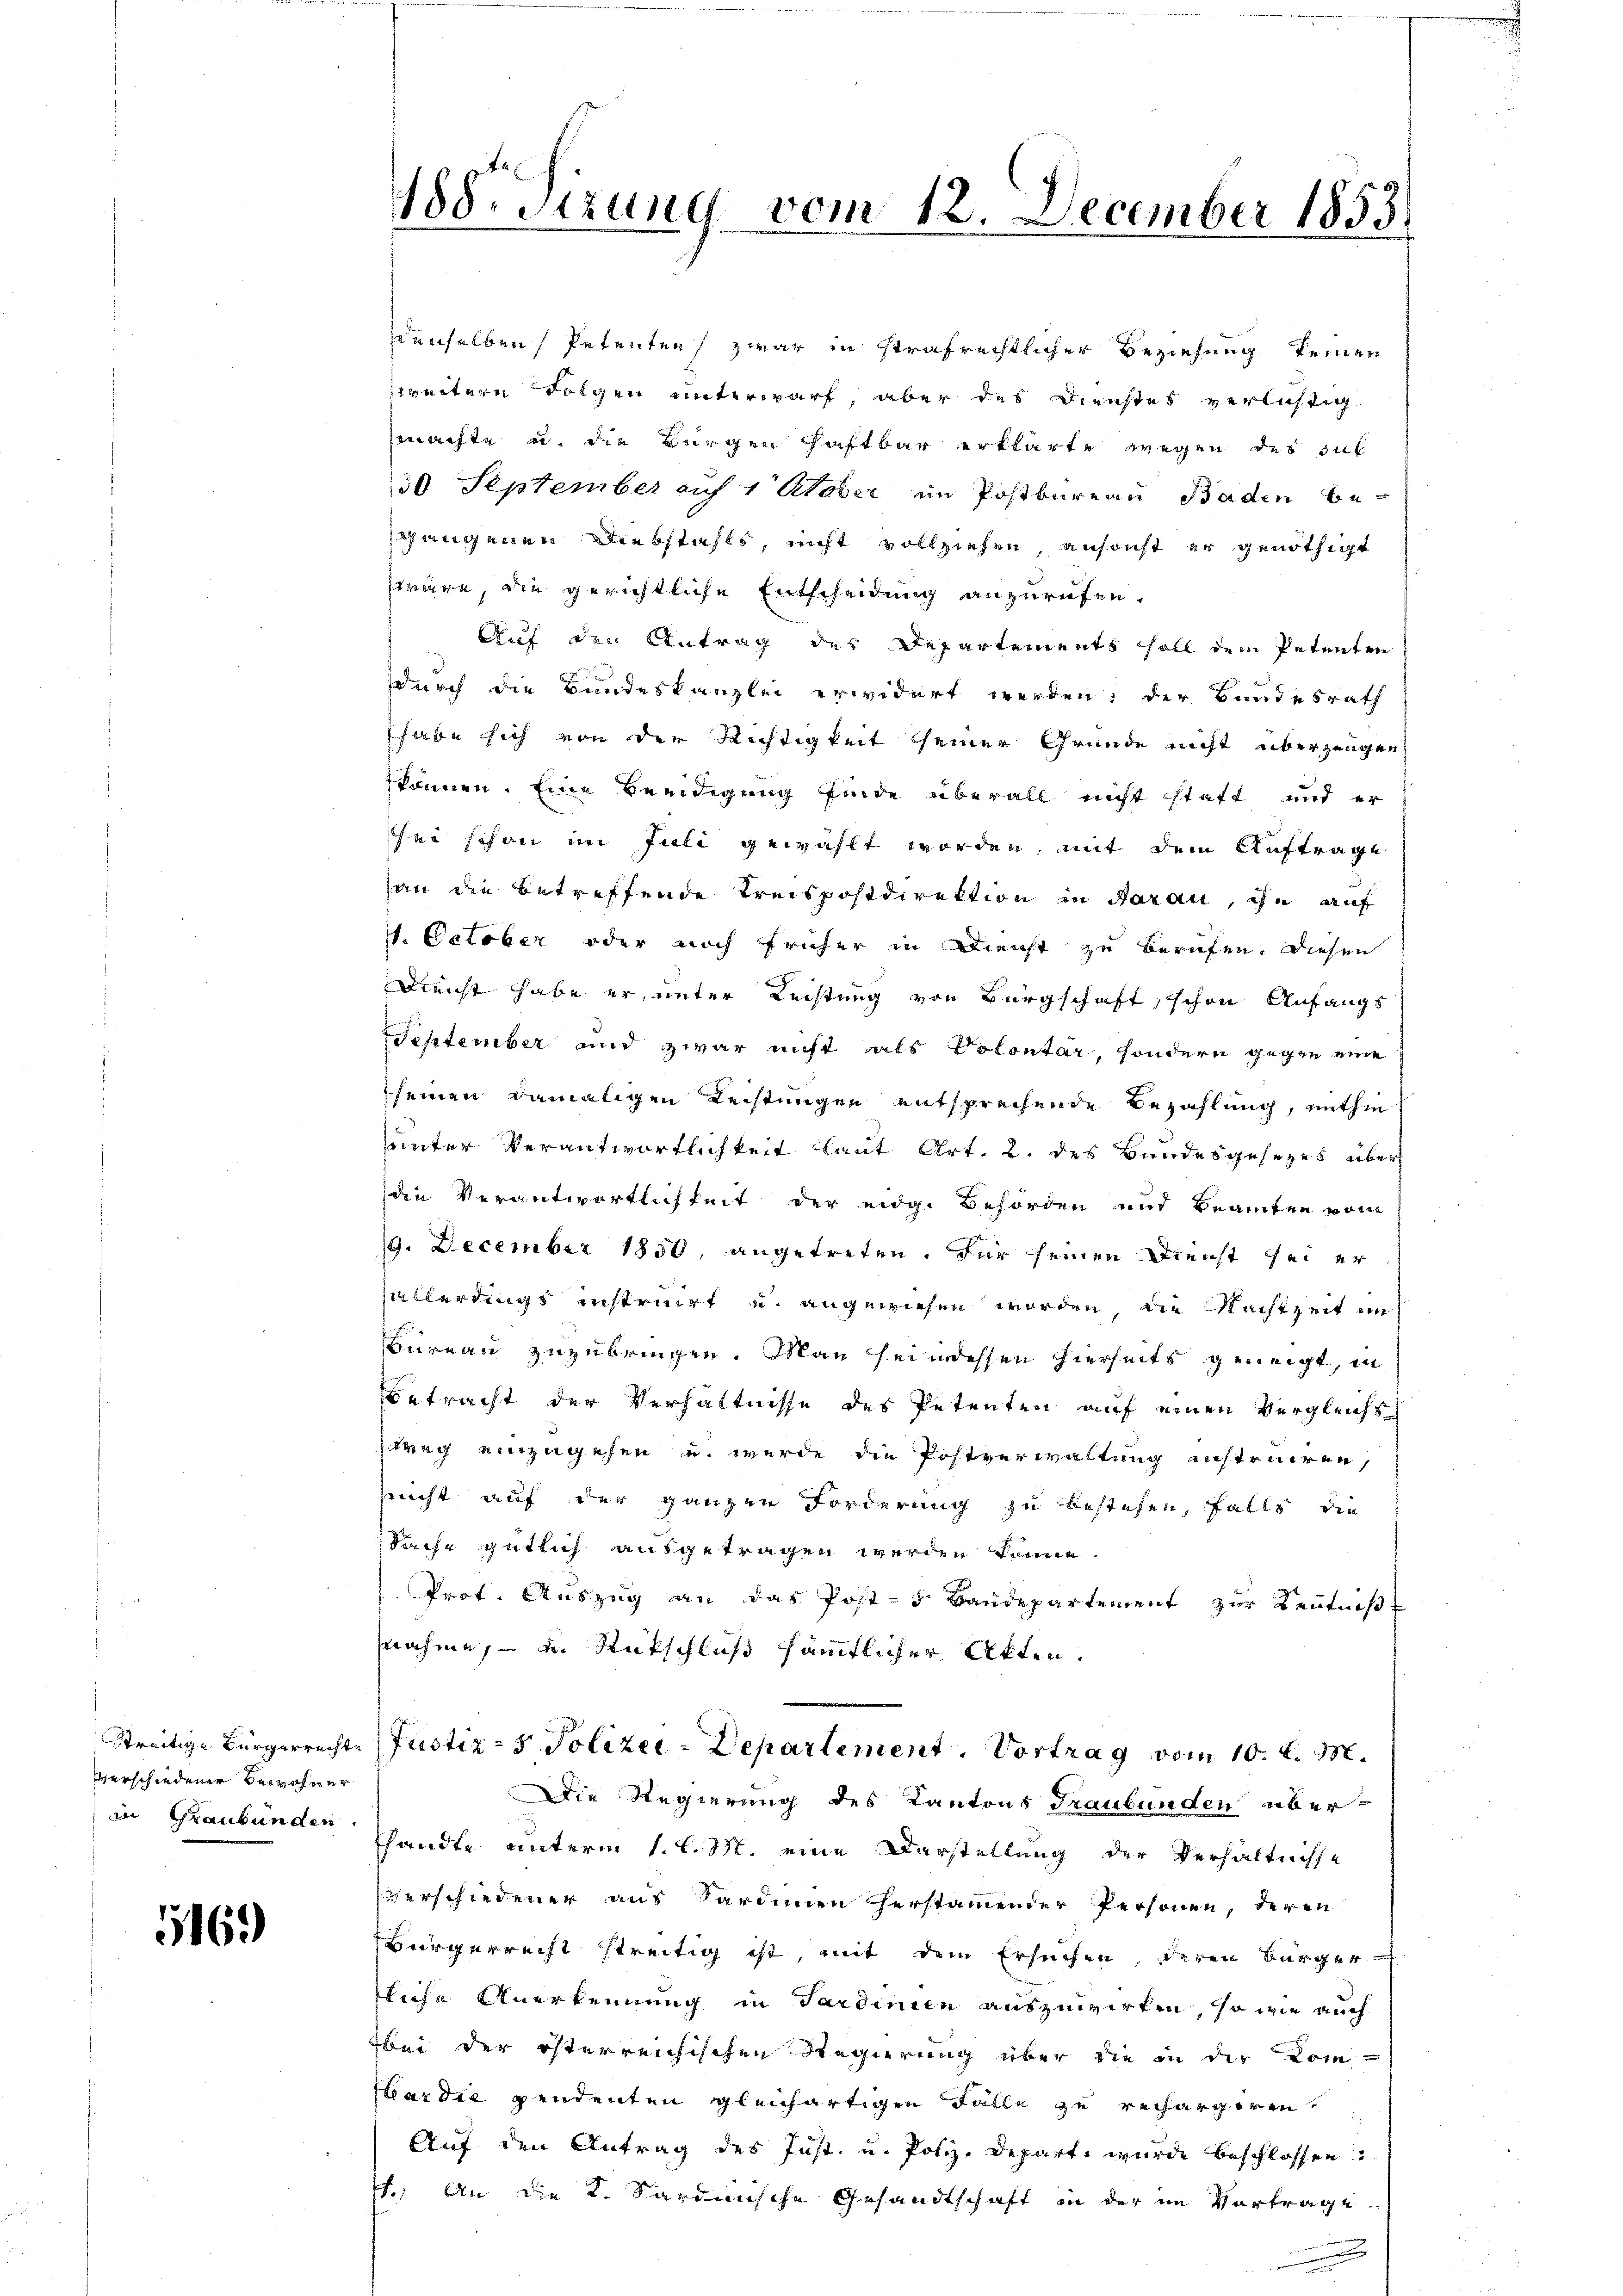
Streitige Bürgerrechte
verschiedener Bewohner
in Graubünden.

5169)

188. Sitzung vom 18. December 1858.

denselben Petenten zwar in strafrechtlicher Beziehung keinen

zweitern Folgen unterwarf, aber das Dienstes verlichtig
machte u. die Bürgen haftbar erklärte wegen des sub
30 September auf 1 ktober im Postbureau Baden beahungenen Diebstahls, nicht vollziehen, ansonst er genöthigt
wäre, die gerichtliche Entscheidung anzurufen.
Auf den Antrag des Departements soll dem Petenten
durch die Bundeskanzlei erwidert werden; der Bundesrath
habe sich von der Richtigkeit seiner Grunde nicht überzeugen,
können. Eine Beeidigung finde überall nicht statt und er
hei schon im Juli gewählt worden, mit dem Auftrage
an die betreffende Kreispostdirektion in darau, ihn auf
1. October oder noch früher in Dienst zu berufen. Diesen
Dienst habe er, unter Rechtung von Bürgschaft, schon Anfangs
September und zwar nicht als Volontar, sondern gegen eine
seinen damaligen Leistungen entsprechende Bezahlung, mithin
unter Verantwortlichkeit laut Art. 2. des Bundesgesezes über
die Verantwortlichkeit der eidg. Behörden mit Beamten vom
10. December 1850, angetreten. Für seinen Dienst sei er
allerdings instruirt u. angewiesen worden, die Nachtzeit im
urnau zuzubringen. Man heimessen hierseits geneigt, in
Betracht der Verhältnisse des Petenten auf einen Vergleichs
weg einzugehen u. wurde die Postverwaltung instruiren,
richt auf der ganzen Forderung zu bestehen, falls die
Sache gütlich ausgetragen werden könne.
Prot. Auszug an das Post-5 Baudepartement zur Kenntniß
nahme, u. Rutschluß sämmtlicher Akten.
Justiz- & Polizei-Departement. Vortrag vom 10. d. M.
Die Regierung des Kantons Graubünden überhandte unterm 1. l. M. eine Darstellung der Verhältnisse
verschiedener aus Sardinen herstamender Personen, deren
Bürgerrecht streitig ist, mit dem Ersuchen, deren Bürgertliche Anerkennung in Sardinien auszuwirken, so wie auch
bei der österreichischen Regierung über die in der Com-
War die pendenten gleichartigen Fälle zu rechargiren
Auf den Antrag des Just, u. Poliz-Depart wurde beschlossen:
.. An die K. Sardinische Gesandtschaft in der im Vortrage